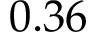
0 . 3 6